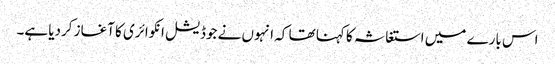
اس بارے میں استغاثہ کا کہنا تھا کہ انہوں نے جوڈیشل انکوائری کا آغاز کردیا ہے۔